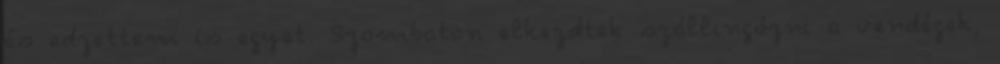
és edzettem is egyet. Szombaton elkezdtek szállingózni a vendégek,